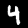
Label: 4